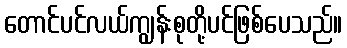
တောင်ပင်လယ်ကျွန်းစုတို့ပင်ဖြစ်ပေသည်။